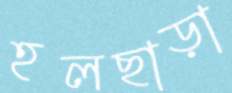
হলছাড়া